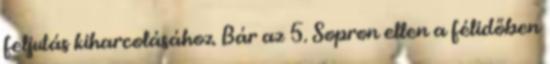
feljutás kiharcolásához. Bár az 5. Sopron ellen a félidőben